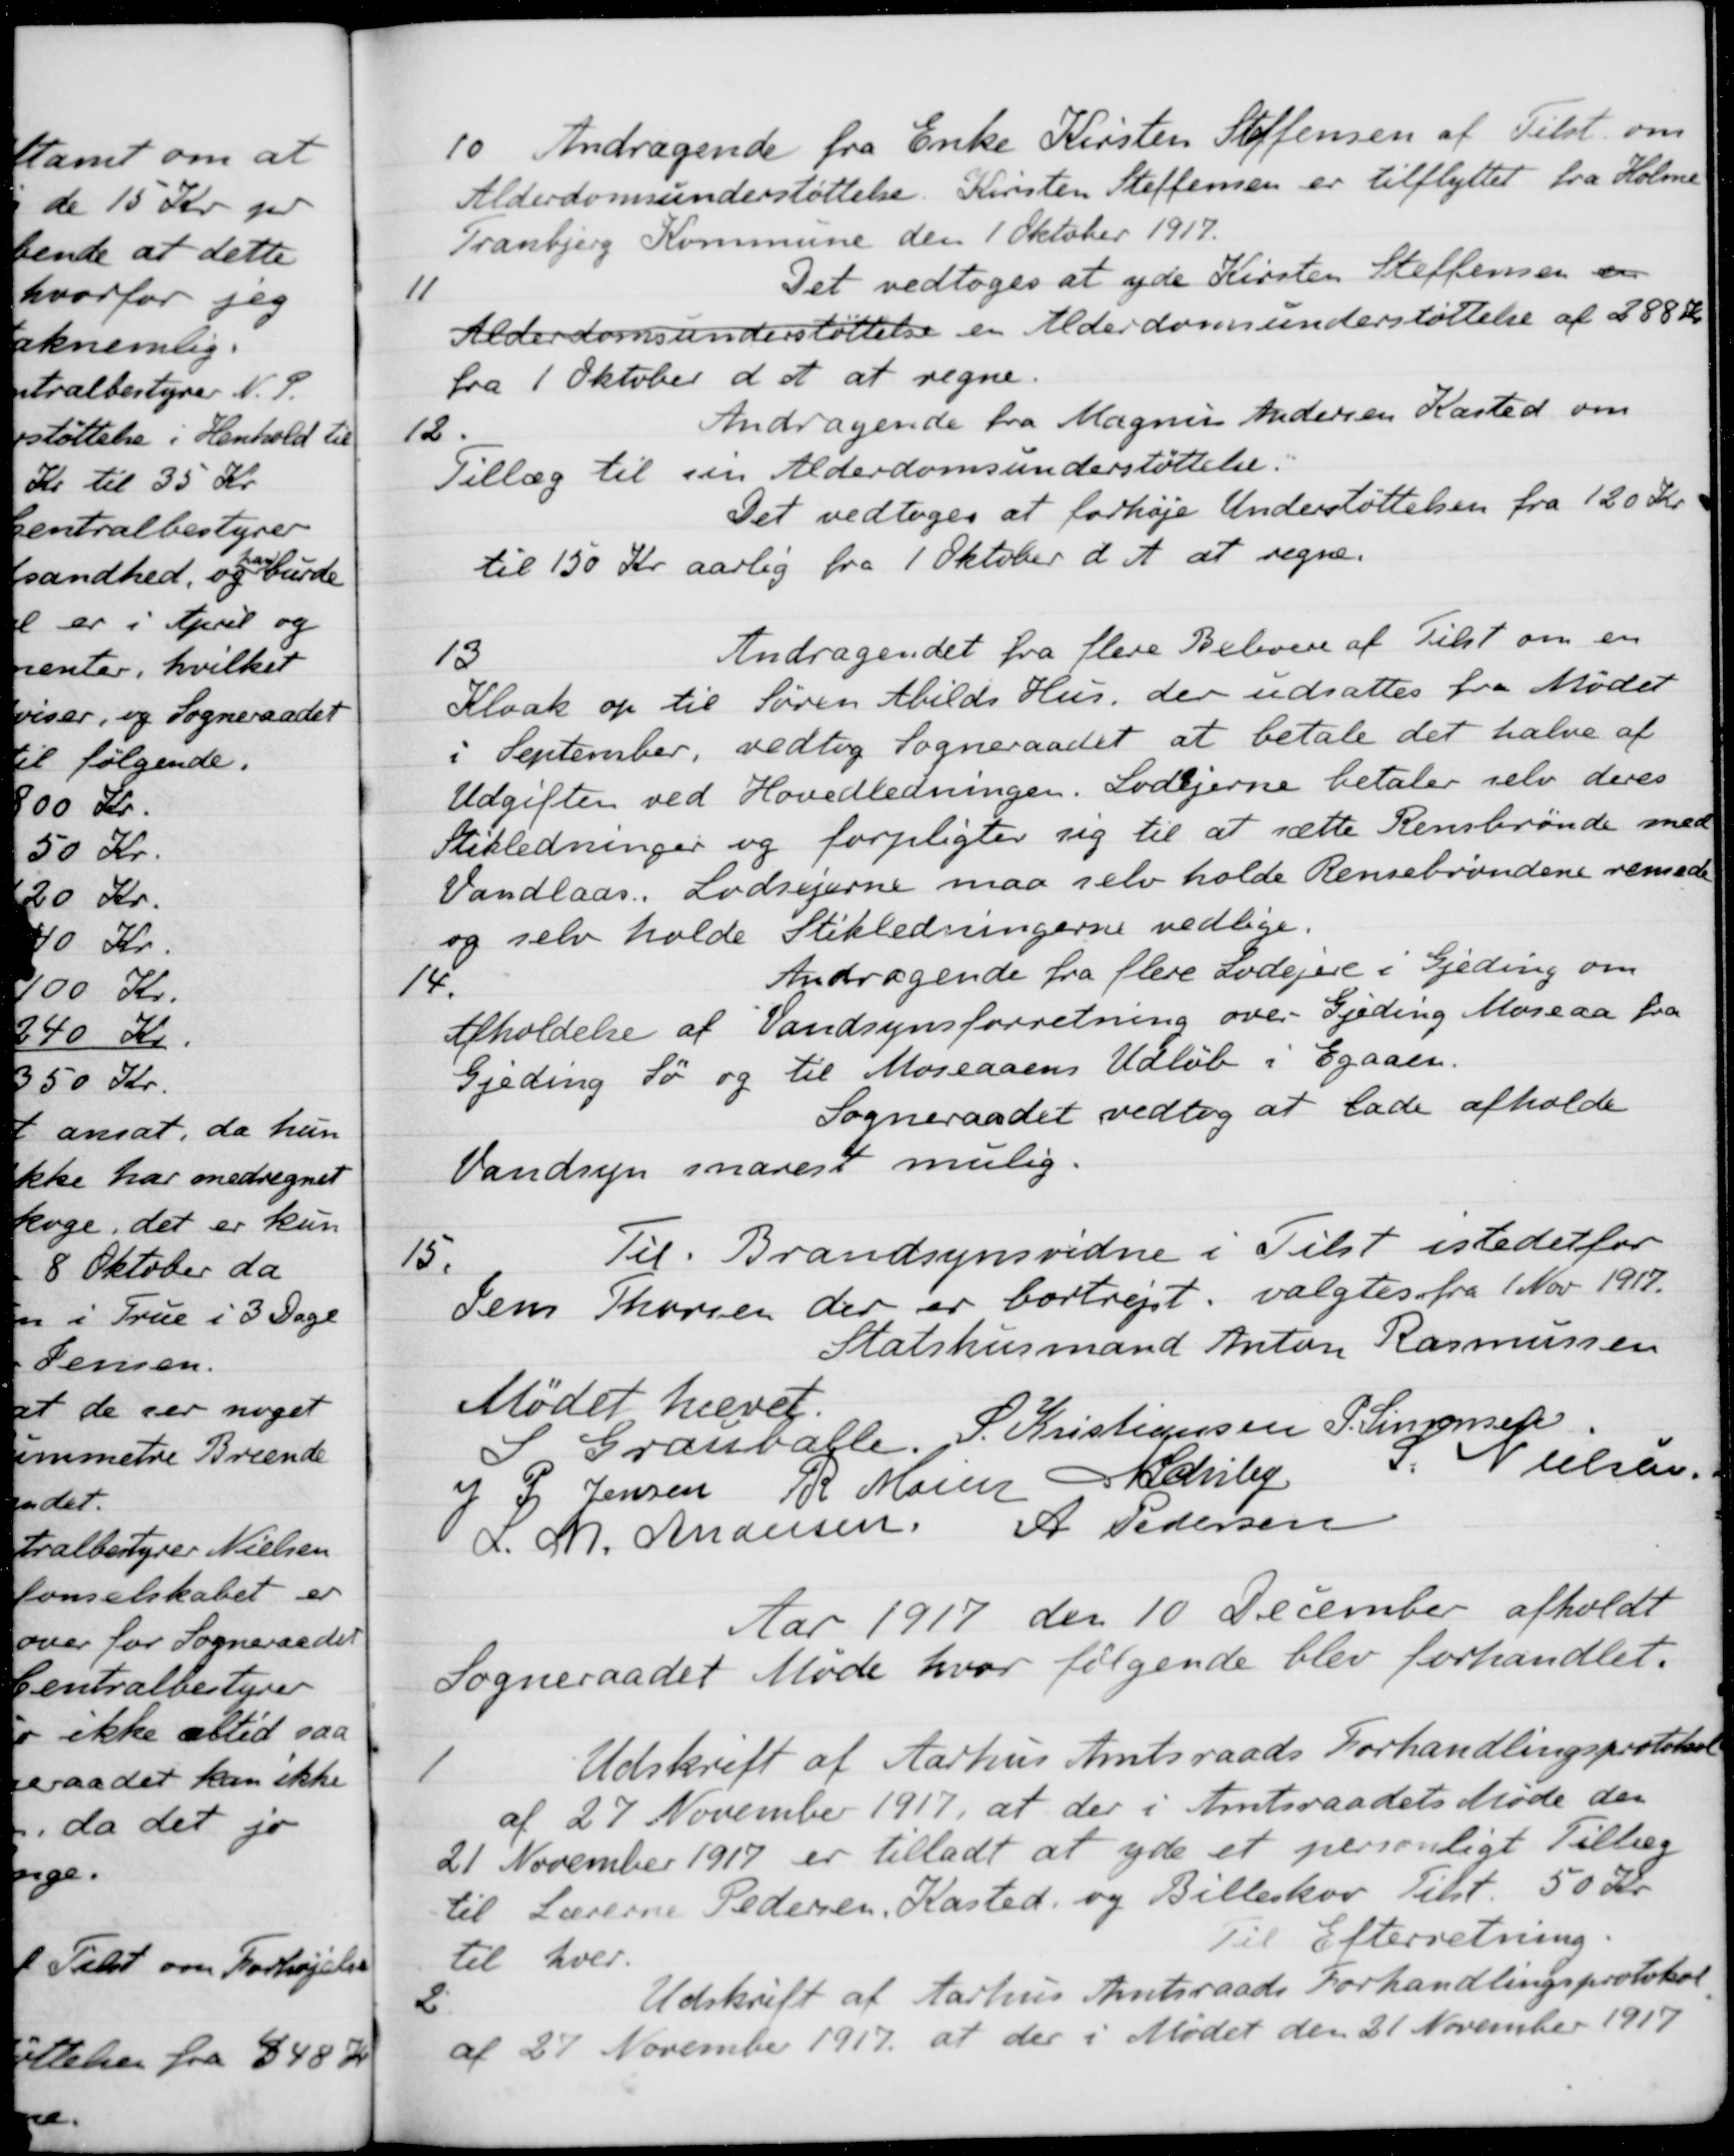
Transskription:
10.
Andragende fra Enke Kirsten Steffensen af Tilst. om
Alderdomsunderstøttelse. Kirsten Steffensen er tilflyttet fra Holme
Tranbjerg Kommune den 1 Oktober 1917.
11
Det vedtoges at yde Kirsten Steffensen en
Alderdomsunderstøttelse er Alderdomsunderstøttelse af 288 Kr.
fra 1 Oktober d. A. at regne.
12.
Andragende fra Magnus Andersen Kasted om
Tillæg til sin Alderdomsunderstøttelse.
Det vedtoges at forhøje Understøttelsen fra 120 Kr.
til 150 Kr aarlig fra 1 Oktober d. A. at regne.
13
Andragendet fra flere Beboere af Tilst om en
Kloak op til Søren Abilds Hus, der udsattes fra Mødet
i September, vedtog Sogneraadet at betale det halve af
Udgiften ved Hovedledningen. Lodejerne betaler selv deres
Stikledninger og forpligter sig til at sætte Rensbrønde med
Vandlaas. Lodsejerne maa selv holde Rensebrøndene rensede
og selv holde Stikledningerne vedlige
14.
Andragende fra flere Lodejere i Gjeding om
Afholdelse af Vandsynsforretning over Gjeding Moseaa fra
Gjeding Sø og til Moseaaens Udløb i Egaaen.
Sogneraadet vedtog at lade afholde
Vandsyn snarest mulig.
15.
Til Brandsynsvidne i Tilst istedetfor
Jens Thorsen der er bortrejst, valgtes fra 1 Nov 1917.
Statshusmand Anton Rasmussen
Mødet hævet.
S Grauballe
S. Kristiansen
P. Simonsen
J P. Jensen
R Møller
N Schiby
S Nielsen.
A Pedersen
L. M. Andersen
Aar 1917 den 10 December afholdt
Sogneraadet Møde hvor følgende blev forhandlet.
1
Udskrift af Aarhus Amtsraads Forhandlingsprotokol
af 27 November 1917, at der i Amtsraadets Møde der
21 November 1917 er tilladt at yde et personligt Tillæg
til Lærerne Pedersen, Kasted og Billeskov Tilst. 50 Kr.
til hver.
Til Efterretning.
2
Udskrift af Aarhus Amtsraads Forhandlingsprotokol
af 27 November 1917 at der i Mødet den 21 November 1917